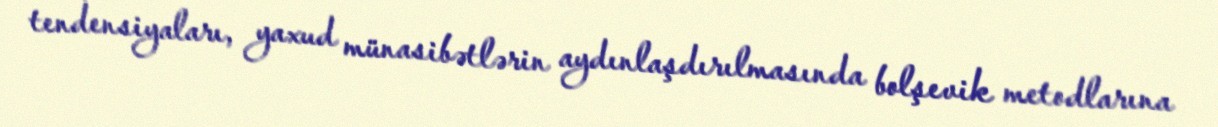
tendensiyaları, yaxud münasibətlərin aydınlaşdırılmasında bolşevik metodlarına